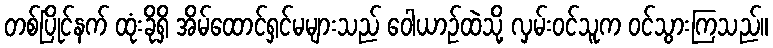
တစ်ပြိုင်နက် ထုံးခိုရှိ အိမ်ထောင်ရှင်မများသည် ဝေါယာဉ်ထဲသို့ လှမ်းဝင်သူက ဝင်သွားကြသည်။